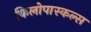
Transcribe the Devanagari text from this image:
किलोपास्कल्स